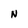
Character: N